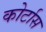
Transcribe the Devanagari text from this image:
कोर्टास